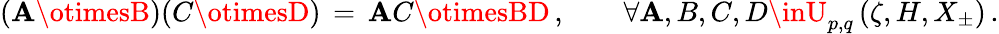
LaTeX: (\mathbf{A}\otimesB)(C\otimesD)\, =\, \mathbf{A}C\otimesBD\, ,\qquad\forall\mathbf{A},B,C,D\inU_{p,q}\left(\zeta,H,X_{\pm}\right)\, .